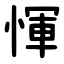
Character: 惲